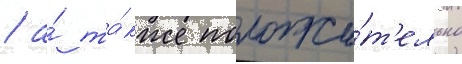
/ а́ та́кже положи́т'ельно